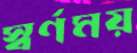
স্বর্ণময়